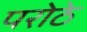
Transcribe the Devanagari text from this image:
परोठे